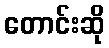
တောင်းဆို